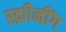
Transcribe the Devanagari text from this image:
स्क्रीनींग